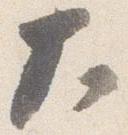
大